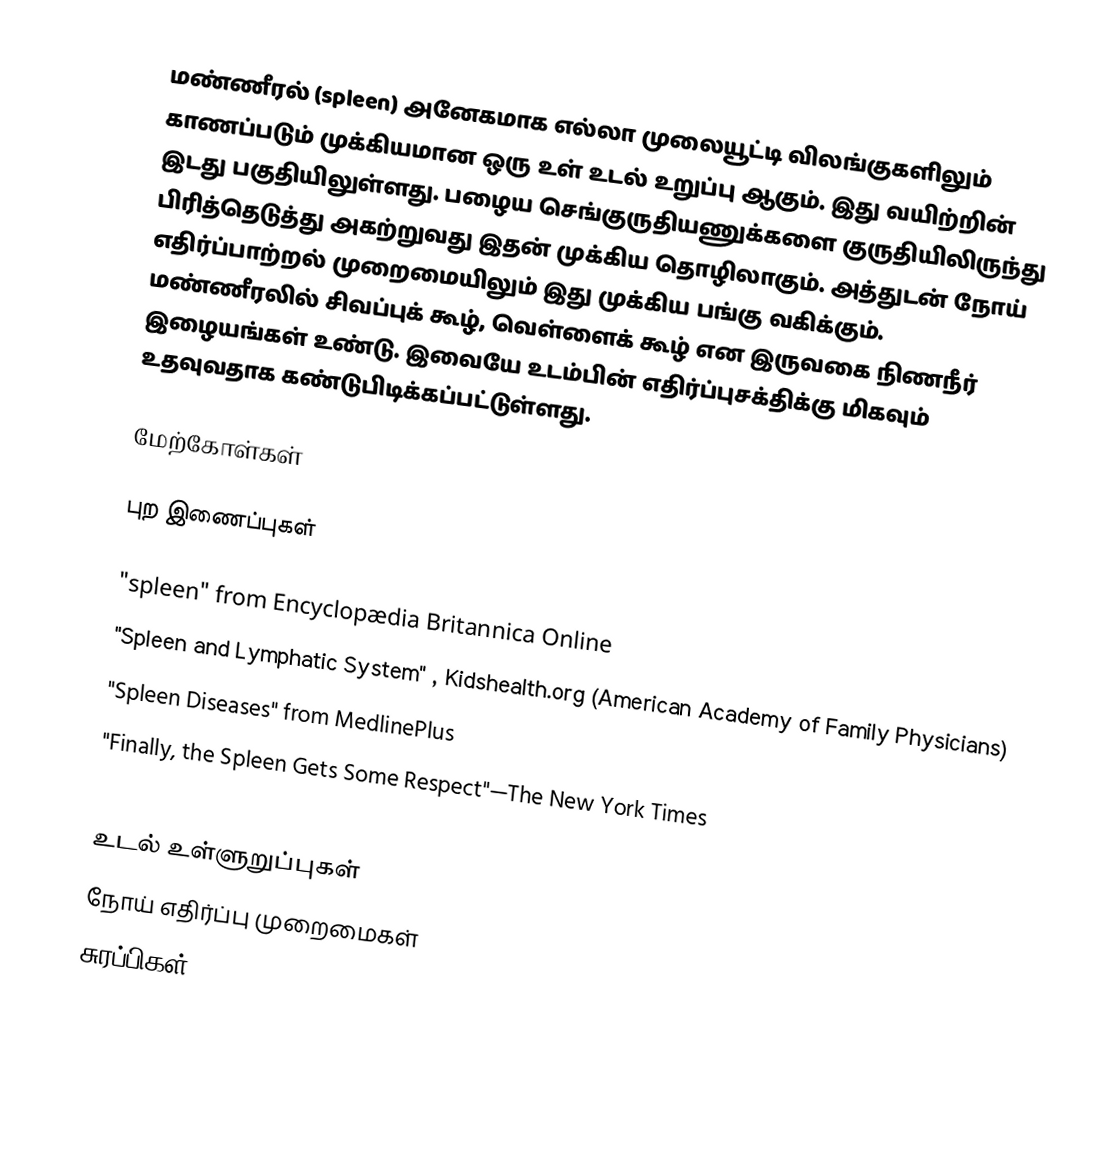
மண்ணீரல் (spleen) அனேகமாக எல்லா முலையூட்டி விலங்குகளிலும் காணப்படும் முக்கியமான ஒரு உள் உடல் உறுப்பு ஆகும். இது வயிற்றின் இடது பகுதியிலுள்ளது. பழைய செங்குருதியணுக்களை குருதியிலிருந்து பிரித்தெடுத்து அகற்றுவது இதன் முக்கிய தொழிலாகும். அத்துடன் நோய் எதிர்ப்பாற்றல் முறைமையிலும் இது முக்கிய பங்கு வகிக்கும். மண்ணீரலில்  சிவப்புக் கூழ், வெள்ளைக் கூழ் என இருவகை நிணநீர் இழையங்கள் உண்டு. இவையே உடம்பின் எதிர்ப்புசக்திக்கு மிகவும் உதவுவதாக கண்டுபிடிக்கப்பட்டுள்ளது.

மேற்கோள்கள்

புற இணைப்புகள்

 "spleen" from Encyclopædia Britannica Online
 "Spleen and Lymphatic System" , Kidshealth.org (American Academy of Family Physicians)
 "Spleen Diseases" from MedlinePlus
 "Finally, the Spleen Gets Some Respect"—The New York Times
 Normal range of spleen size for a given age in children

உடல் உள்ளுறுப்புகள்
நோய் எதிர்ப்பு முறைமைகள்
சுரப்பிகள்